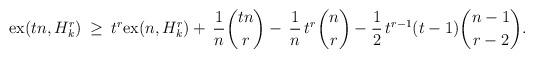
LaTeX: \begin{align*} {\rm ex}(tn,H_k^r) \:\geq\: t^r {\rm ex}(n,H_k^r) + \, \frac{1}{n} \binom{tn}{r} - \, \frac{1}{n} \, t^r \binom{n}{r} - \frac{1}{2} \, t^{r-1}(t-1) \binom{n-1}{r-2} .\end{align*}